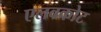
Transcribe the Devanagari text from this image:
एलबकोट